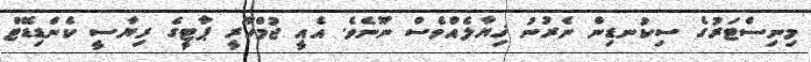
މިނިސްޓަރުގެ ސިކުނޑިން ނެރުނު ޚިޔާލެއްވެސް ނޫނެވެ. އެއީ ޖުމްހޫރީ ޕާޓީގެ ރިޔާސީ ކެންޑިޑޭޓް